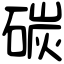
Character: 碳